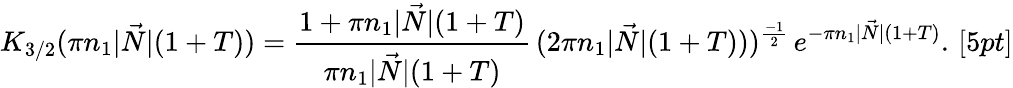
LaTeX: K_{3/2}(\pi n_{1}|\vec{N}|(1+T))=\frac{1+\pi n_{1}|\vec{N}|(1+T)}{\pi n_{1}|\vec{N}|(1+T)}\, (2\pi n_{1}|\vec{N}|(1+T)))^{\frac{-1}{2}}\, e^{-\pi n_{1}|\vec{N}|(1+T)}.\, [5pt]